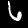
Digit: 6